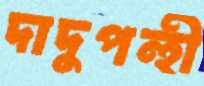
দাদুপন্হী